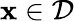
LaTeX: \mathbf{x}\in{\mathcal{D}}